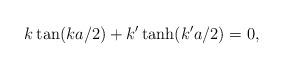
LaTeX: \begin{align*}k\tan(ka/2)+k'\tanh(k'a/2)=0,\end{align*}